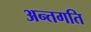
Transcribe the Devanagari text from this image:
अन्तगति